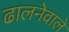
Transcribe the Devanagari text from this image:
ढालनेवाले